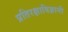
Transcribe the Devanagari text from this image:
प्रतिरक्षाविज्ञानी